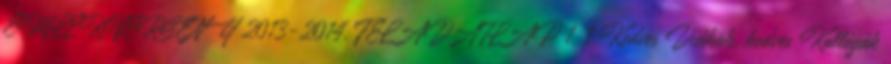
EMLÉKVERSENY 2013-2014. FELADATLAP 1. 1 Kedves Diákok, kedves Kollégák